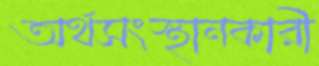
অর্থসংস্থানকারী